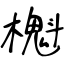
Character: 櫆